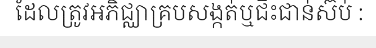
ដែលត្រូវអភិជ្ឈាគ្របសង្កត់ឬជិះជាន់ស៊ប់ :